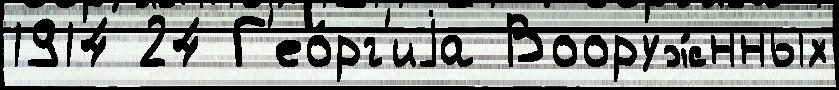
1914 24 Г'ео́рг'иjа Вооруж́нных